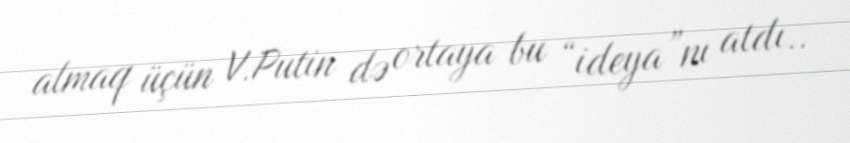
almaq üçün V.Putin də ortaya bu “ideya”nı atdı..